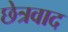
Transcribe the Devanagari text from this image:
छेत्रवाद